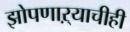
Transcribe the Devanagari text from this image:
झोपणाऱ्याचीही